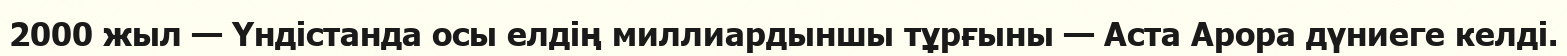
2000 жыл — Үндістанда осы елдің миллиардыншы тұрғыны — Аста Арора дүниеге келді.